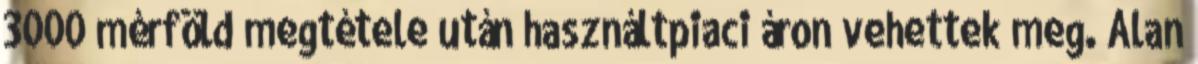
3000 mérföld megtétele után használtpiaci áron vehettek meg. Alan